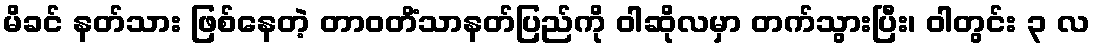
မိခင် နတ်သား ဖြစ်နေတဲ့ တာဝတိံသာနတ်ပြည်ကို ဝါဆိုလမှာ တက်သွားပြီး၊ ဝါတွင်း ၃ လ